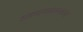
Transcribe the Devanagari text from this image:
आक्रमणकरण्याच्या